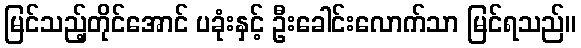
မြင်သည့်တိုင်အောင် ပခုံးနှင့် ဦးခေါင်းလောက်သာ မြင်ရသည်။